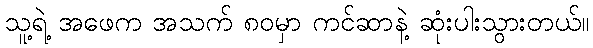
သူ့ရဲ့ အဖေက အသက် ၈၀မှာ ကင်ဆာနဲ့ ဆုံးပါးသွားတယ်။